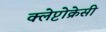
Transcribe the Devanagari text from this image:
क्लेप्टोक्रेसी